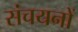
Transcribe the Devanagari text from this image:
संचयनों